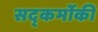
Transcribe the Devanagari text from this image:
सद्कर्मोकी